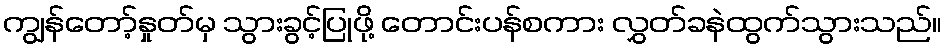
ကျွန်တော့်နှုတ်မှ သွားခွင့်ပြုဖို့ တောင်းပန်စကား လွှတ်ခနဲထွက်သွားသည်။